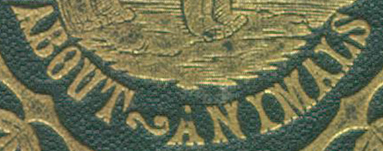
ABOUT~ANIMALS